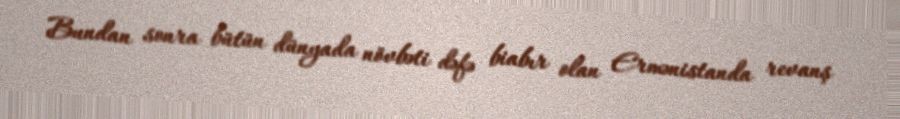
Bundan sonra bütün dünyada növbəti dəfə biabır olan Ermənistanda revanş